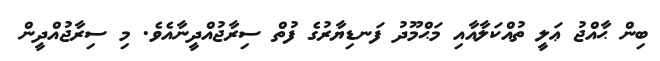
ބިން ޙާއްޖު ޢަލީ ތުއްކަލާއާއި މަޙްމޫދު ފަނޑިޔާރުގެ ފުތް ސިރާޖުއްދީނާއެވެ. މި ސިރާޖުއްދީން